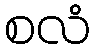
စလံ